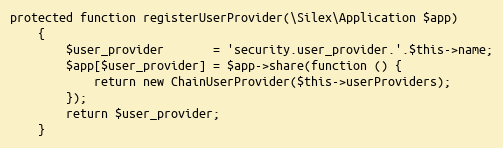
Language: PHP
protected function registerUserProvider(\Silex\Application $app)
    {
        $user_provider       = 'security.user_provider.'.$this->name;
        $app[$user_provider] = $app->share(function () {
            return new ChainUserProvider($this->userProviders);
        });
        return $user_provider;
    }